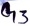
Text: G3